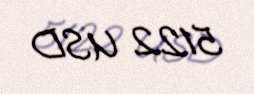
5122 USD